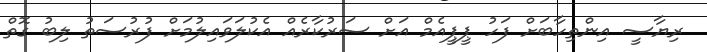
ރިޔާސީ އިންތިހާބަށް ފަހު ޕީޕީއެމް އަށް ސަރުކާރެއް އެކުލަވައިލުމަށް ފުރުސަތު ލިބު ގޮތް